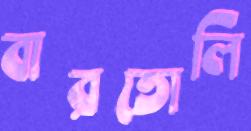
বারতোলি